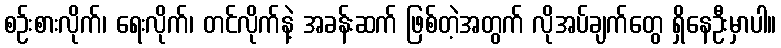
စဉ်းစားလိုက်၊ ရေးလိုက်၊ တင်လိုက်နဲ့ အခန်းဆက် ဖြစ်တဲ့အတွက် လိုအပ်ချက်တွေ ရှိနေဦးမှာပါ။